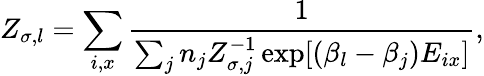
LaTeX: Z_{\sigma,l}=\sum_{i,x}\frac{1}{\sum_{j}n_{j}Z_{\sigma,j}^{-1}\exp[(\beta_{l}-\beta_{j})E_{ix}]},